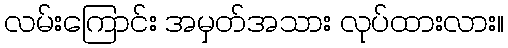
လမ်းကြောင်း အမှတ်အသား လုပ်ထားလား။